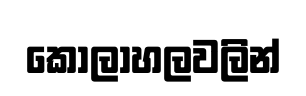
කෝලාහලවලින්